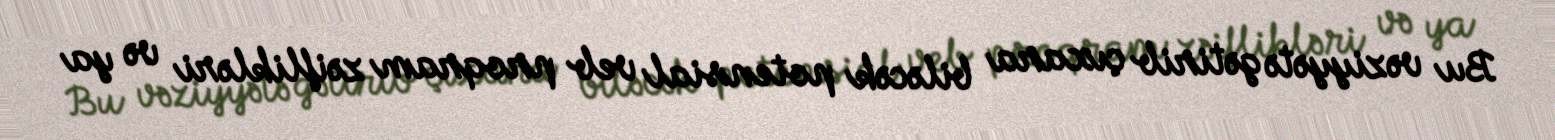
Bu vəziyyətə gətirib çıxara biləcək potensial veb proqram zəiflikləri və ya